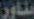
مناور